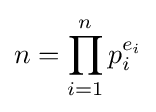
n=\prod _{i=1}^{n}p_{i}^{e_{i}}